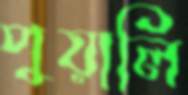
পুয়ালি